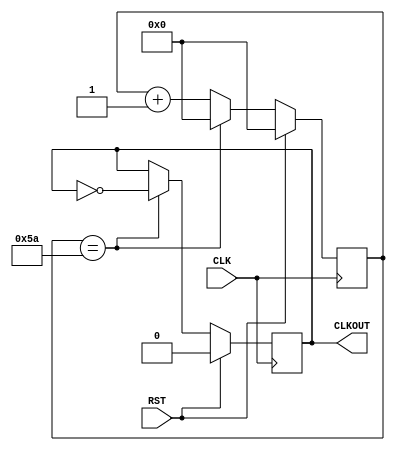
module ClkDiv_66_67kHz(
    CLK,										// 12MHz onbaord clock
    RST,										// Reset
    CLKOUT									// New clock output
    );

// ===========================================================================
// 										Port Declarations
// ===========================================================================
	input CLK;
	input RST;
	output CLKOUT;

// ===========================================================================
// 							  Parameters, Regsiters, and Wires
// ===========================================================================

	// Output register
	reg CLKOUT = 1'b1;

	// Value to toggle output clock at
	parameter cntEndVal = 7'b1011010;
	// Current count
	reg [6:0] clkCount = 7'b0000000;

// ===========================================================================
// 										Implementation
// ===========================================================================

	//----------------------------------------------
	// 66.67kHz Clock Divider, period 15us, for serial clock timing
	//----------------------------------------------
	always @(posedge CLK) begin

			// Reset clock
			if(RST == 1'b1) begin
					CLKOUT <= 1'b0;
					clkCount <= 0;
			end
			// Count/toggle normally
			else begin

					if(clkCount == cntEndVal) begin
							CLKOUT <= ~CLKOUT;
							clkCount <= 0;
					end
					else begin
							clkCount <= clkCount + 1'b1;
					end

			end

	end

endmodule